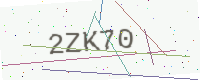
Text: 2ZK70